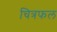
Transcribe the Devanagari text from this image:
चित्रफल